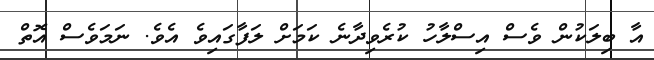
އާ ބިލަކުން ވެސް އިސްލާހު ކުރެވިދާނެ ކަމަށް ލަފާގައިވެ އެވެ. ނަމަވެސް އޮތް